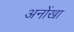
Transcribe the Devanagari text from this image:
अनोंखा